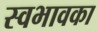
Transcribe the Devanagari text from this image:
स्वभावका